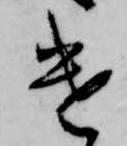
遣